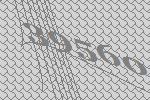
39560